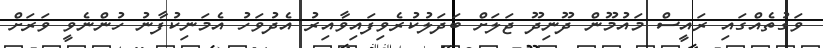
ވަގުތެއްގައި ރައީސް މައުމޫން ދޫނިދޫ ޖަަލަށް ބަދަލުކުރެވިފައިވާއިރު އެދުވަހު އެމަނިކުފާނު ހުންނެވީ ވަރަށް